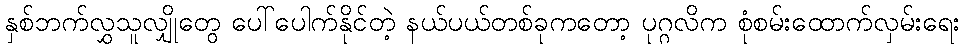
နှစ်ဘက်လွှသူလျှိုတွေ ပေါ်ပေါက်နိုင်တဲ့ နယ်ပယ်တစ်ခုကတော့ ပုဂ္ဂလိက စုံစမ်းထောက်လှမ်းရေး